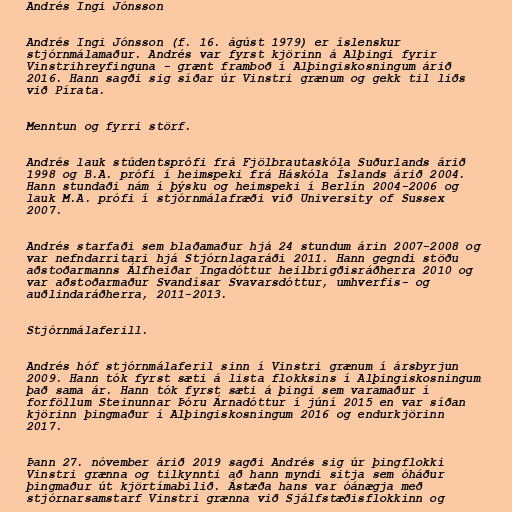
Andrés Ingi Jónsson

Andrés Ingi Jónsson (f. 16. ágúst 1979) er íslenskur
stjórnmálamaður. Andrés var fyrst kjörinn á Alþingi fyrir
Vinstrihreyfinguna - grænt framboð í Alþingiskosningum árið
2016. Hann sagði sig síðar úr Vinstri grænum og gekk til liðs
við Pírata.

Menntun og fyrri störf.

Andrés lauk stúdentsprófi frá Fjölbrautaskóla Suðurlands árið
1998 og B.A. prófi í heimspeki frá Háskóla Íslands árið 2004.
Hann stundaði nám í þýsku og heimspeki í Berlín 2004-2006 og
lauk M.A. prófi í stjórnmálafræði við University of Sussex
2007.

Andrés starfaði sem blaðamaður hjá 24 stundum árin 2007-2008 og
var nefndarritari hjá Stjórnlagaráði 2011. Hann gegndi stöðu
aðstoðarmanns Álfheiðar Ingadóttur heilbrigðisráðherra 2010 og
var aðstoðarmaður Svandísar Svavarsdóttur, umhverfis- og
auðlindaráðherra, 2011-2013.

Stjórnmálaferill.

Andrés hóf stjórnmálaferil sinn í Vinstri grænum í ársbyrjun
2009. Hann tók fyrst sæti á lista flokksins í Alþingiskosningum
það sama ár. Hann tók fyrst sæti á þingi sem varamaður í
forföllum Steinunnar Þóru Árnadóttur í júní 2015 en var síðan
kjörinn þingmaður í Alþingiskosningum 2016 og endurkjörinn
2017.

Þann 27. nóvember árið 2019 sagði Andrés sig úr þingflokki
Vinstri grænna og tilkynnti að hann myndi sitja sem óháður
þingmaður út kjörtímabilið. Ástæða hans var óánægja með
stjórnarsamstarf Vinstri grænna við Sjálfstæðisflokkinn og